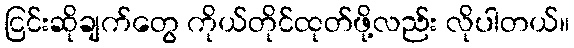
ငြင်းဆိုချက်တွေ ကိုယ်တိုင်ထုတ်ဖို့လည်း လိုပါတယ်။